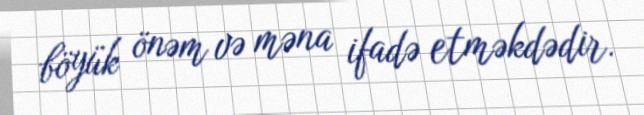
böyük önəm və məna ifadə etməkdədir.